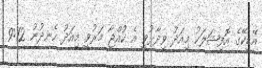
އޭޑީކޭގެ އޮފިޝަލަކު މިއަދު ވިދާޅުވީ އެ ކުއްޖާ މަރުވީ މިއަދު ހެނދުނު 9:12